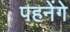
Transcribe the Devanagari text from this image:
पहनेंगे